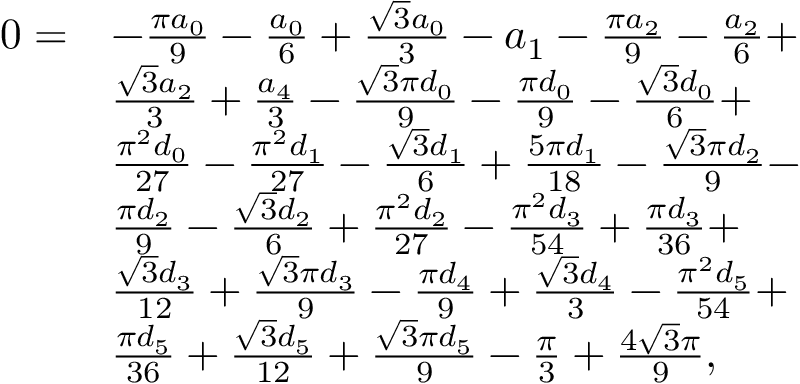
\begin{array} { r l } { 0 = } & { - \frac { \pi a _ { 0 } } { 9 } - \frac { a _ { 0 } } { 6 } + \frac { \sqrt { 3 } a _ { 0 } } { 3 } - a _ { 1 } - \frac { \pi a _ { 2 } } { 9 } - \frac { a _ { 2 } } { 6 } + } \\ & { \frac { \sqrt { 3 } a _ { 2 } } { 3 } + \frac { a _ { 4 } } { 3 } - \frac { \sqrt { 3 } \pi d _ { 0 } } { 9 } - \frac { \pi d _ { 0 } } { 9 } - \frac { \sqrt { 3 } d _ { 0 } } { 6 } + } \\ & { \frac { \pi ^ { 2 } d _ { 0 } } { 2 7 } - \frac { \pi ^ { 2 } d _ { 1 } } { 2 7 } - \frac { \sqrt { 3 } d _ { 1 } } { 6 } + \frac { 5 \pi d _ { 1 } } { 1 8 } - \frac { \sqrt { 3 } \pi d _ { 2 } } { 9 } - } \\ & { \frac { \pi d _ { 2 } } { 9 } - \frac { \sqrt { 3 } d _ { 2 } } { 6 } + \frac { \pi ^ { 2 } d _ { 2 } } { 2 7 } - \frac { \pi ^ { 2 } d _ { 3 } } { 5 4 } + \frac { \pi d _ { 3 } } { 3 6 } + } \\ & { \frac { \sqrt { 3 } d _ { 3 } } { 1 2 } + \frac { \sqrt { 3 } \pi d _ { 3 } } { 9 } - \frac { \pi d _ { 4 } } { 9 } + \frac { \sqrt { 3 } d _ { 4 } } { 3 } - \frac { \pi ^ { 2 } d _ { 5 } } { 5 4 } + } \\ & { \frac { \pi d _ { 5 } } { 3 6 } + \frac { \sqrt { 3 } d _ { 5 } } { 1 2 } + \frac { \sqrt { 3 } \pi d _ { 5 } } { 9 } - \frac { \pi } { 3 } + \frac { 4 \sqrt { 3 } \pi } { 9 } , } \end{array}